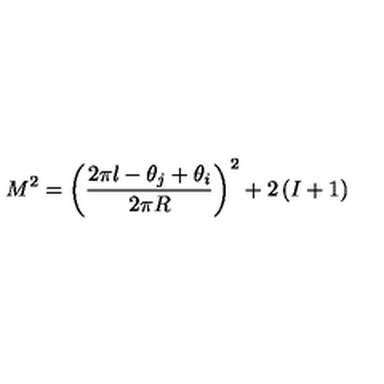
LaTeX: M ^ { 2 } = \left( \frac { 2 \pi l - \theta _ { j } + \theta _ { i } } { 2 \pi R } \right) ^ { 2 } + 2 \left( I + 1 \right)